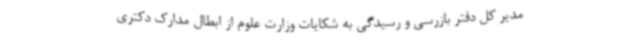
مدیر کل دفتر بازرسی و رسیدگی به شکایات وزارت علوم از ابطال مدارک دکتری